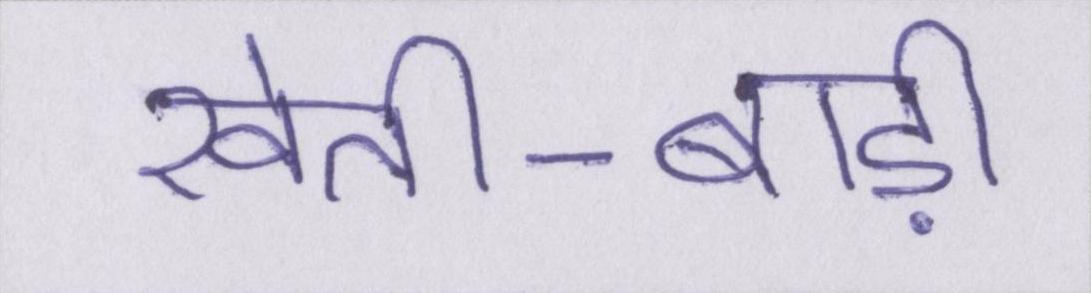
खेती-बाड़ी